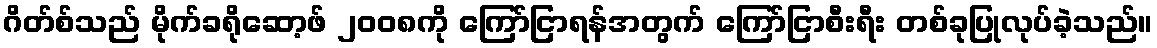
ဂိတ်စ်သည် မိုက်ခရိုဆော့ဖ် ၂၀၀၈ကို ကြော်ငြာရန်အတွက် ကြော်ငြာစီးရီး တစ်ခုပြုလုပ်ခဲ့သည်။